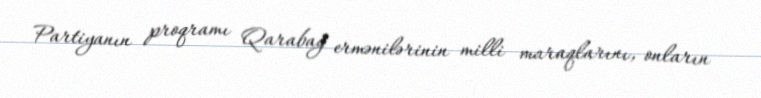
Partiyanın proqramı Qarabağ ermənilərinin milli maraqlarını, onların